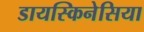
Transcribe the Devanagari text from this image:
डायस्किनेसिया